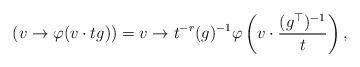
LaTeX: \begin{align*}{(v\to \varphi(v\cdot tg))= v\to {t^{-r}}(g)^{-1} \varphi\left(v\cdot \frac{(g^\top )^{-1}}{t}\right),}\end{align*}